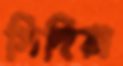
সিদিয়া